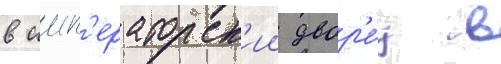
в имп'ераторск'ии двор'е́ц в